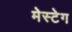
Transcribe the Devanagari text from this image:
मेस्टेग